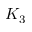
K _ { 3 }